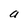
Character: a